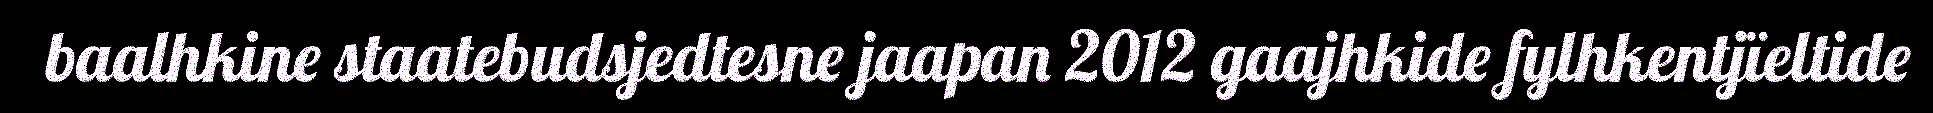
baalhkine staatebudsjedtesne jaapan 2012 gaajhkide fylhkentjïeltide